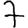
Digit: 7